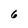
Character: 6